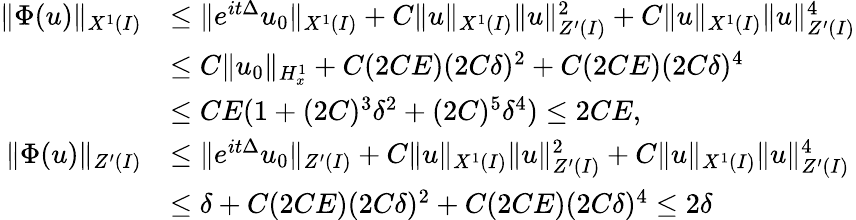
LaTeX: \begin{array}{rl}{\| \Phi(u)\| _{X^{1}(I)}}&{\leq\| e^{it\Delta}u_{0}\| _{X^{1}(I)}+C\| u\| _{X^{1}(I)}\| u\| _{Z^{\prime}(I)}^{2}+C\| u\| _{X^{1}(I)}\| u\| _{Z^{\prime}(I)}^{4}}\\ &{\leq C\| u_{0}\| _{H_{x}^{1}}+C(2CE)(2C\delta)^{2}+C(2CE)(2C\delta)^{4}}\\ &{\leq CE(1+(2C)^{3}\delta^{2}+(2C)^{5}\delta^{4})\leq 2CE,}\\ {\| \Phi(u)\| _{Z^{\prime}(I)}}&{\leq\| e^{it\Delta}u_{0}\| _{Z^{\prime}(I)}+C\| u\| _{X^{1}(I)}\| u\| _{Z^{\prime}(I)}^{2}+C\| u\| _{X^{1}(I)}\| u\| _{Z^{\prime}(I)}^{4}}\\ &{\leq\delta+C(2CE)(2C\delta)^{2}+C(2CE)(2C\delta)^{4}\leq 2\delta}\end{array}